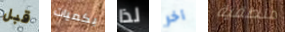
قبل بكميات لذا آخر منطقية